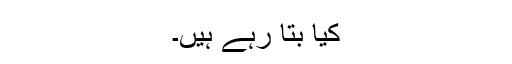
کیا بتا رہے ہیں۔